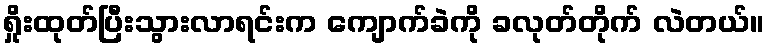
ရှိုးထုတ်ပြီးသွားလာရင်းက ကျောက်ခဲကို ခလုတ်တိုက် လဲတယ်။